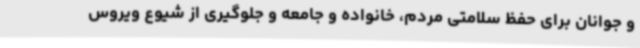
و جوانان برای حفظ سلامتی مردم، خانواده و جامعه و جلوگیری از شیوع ویروس